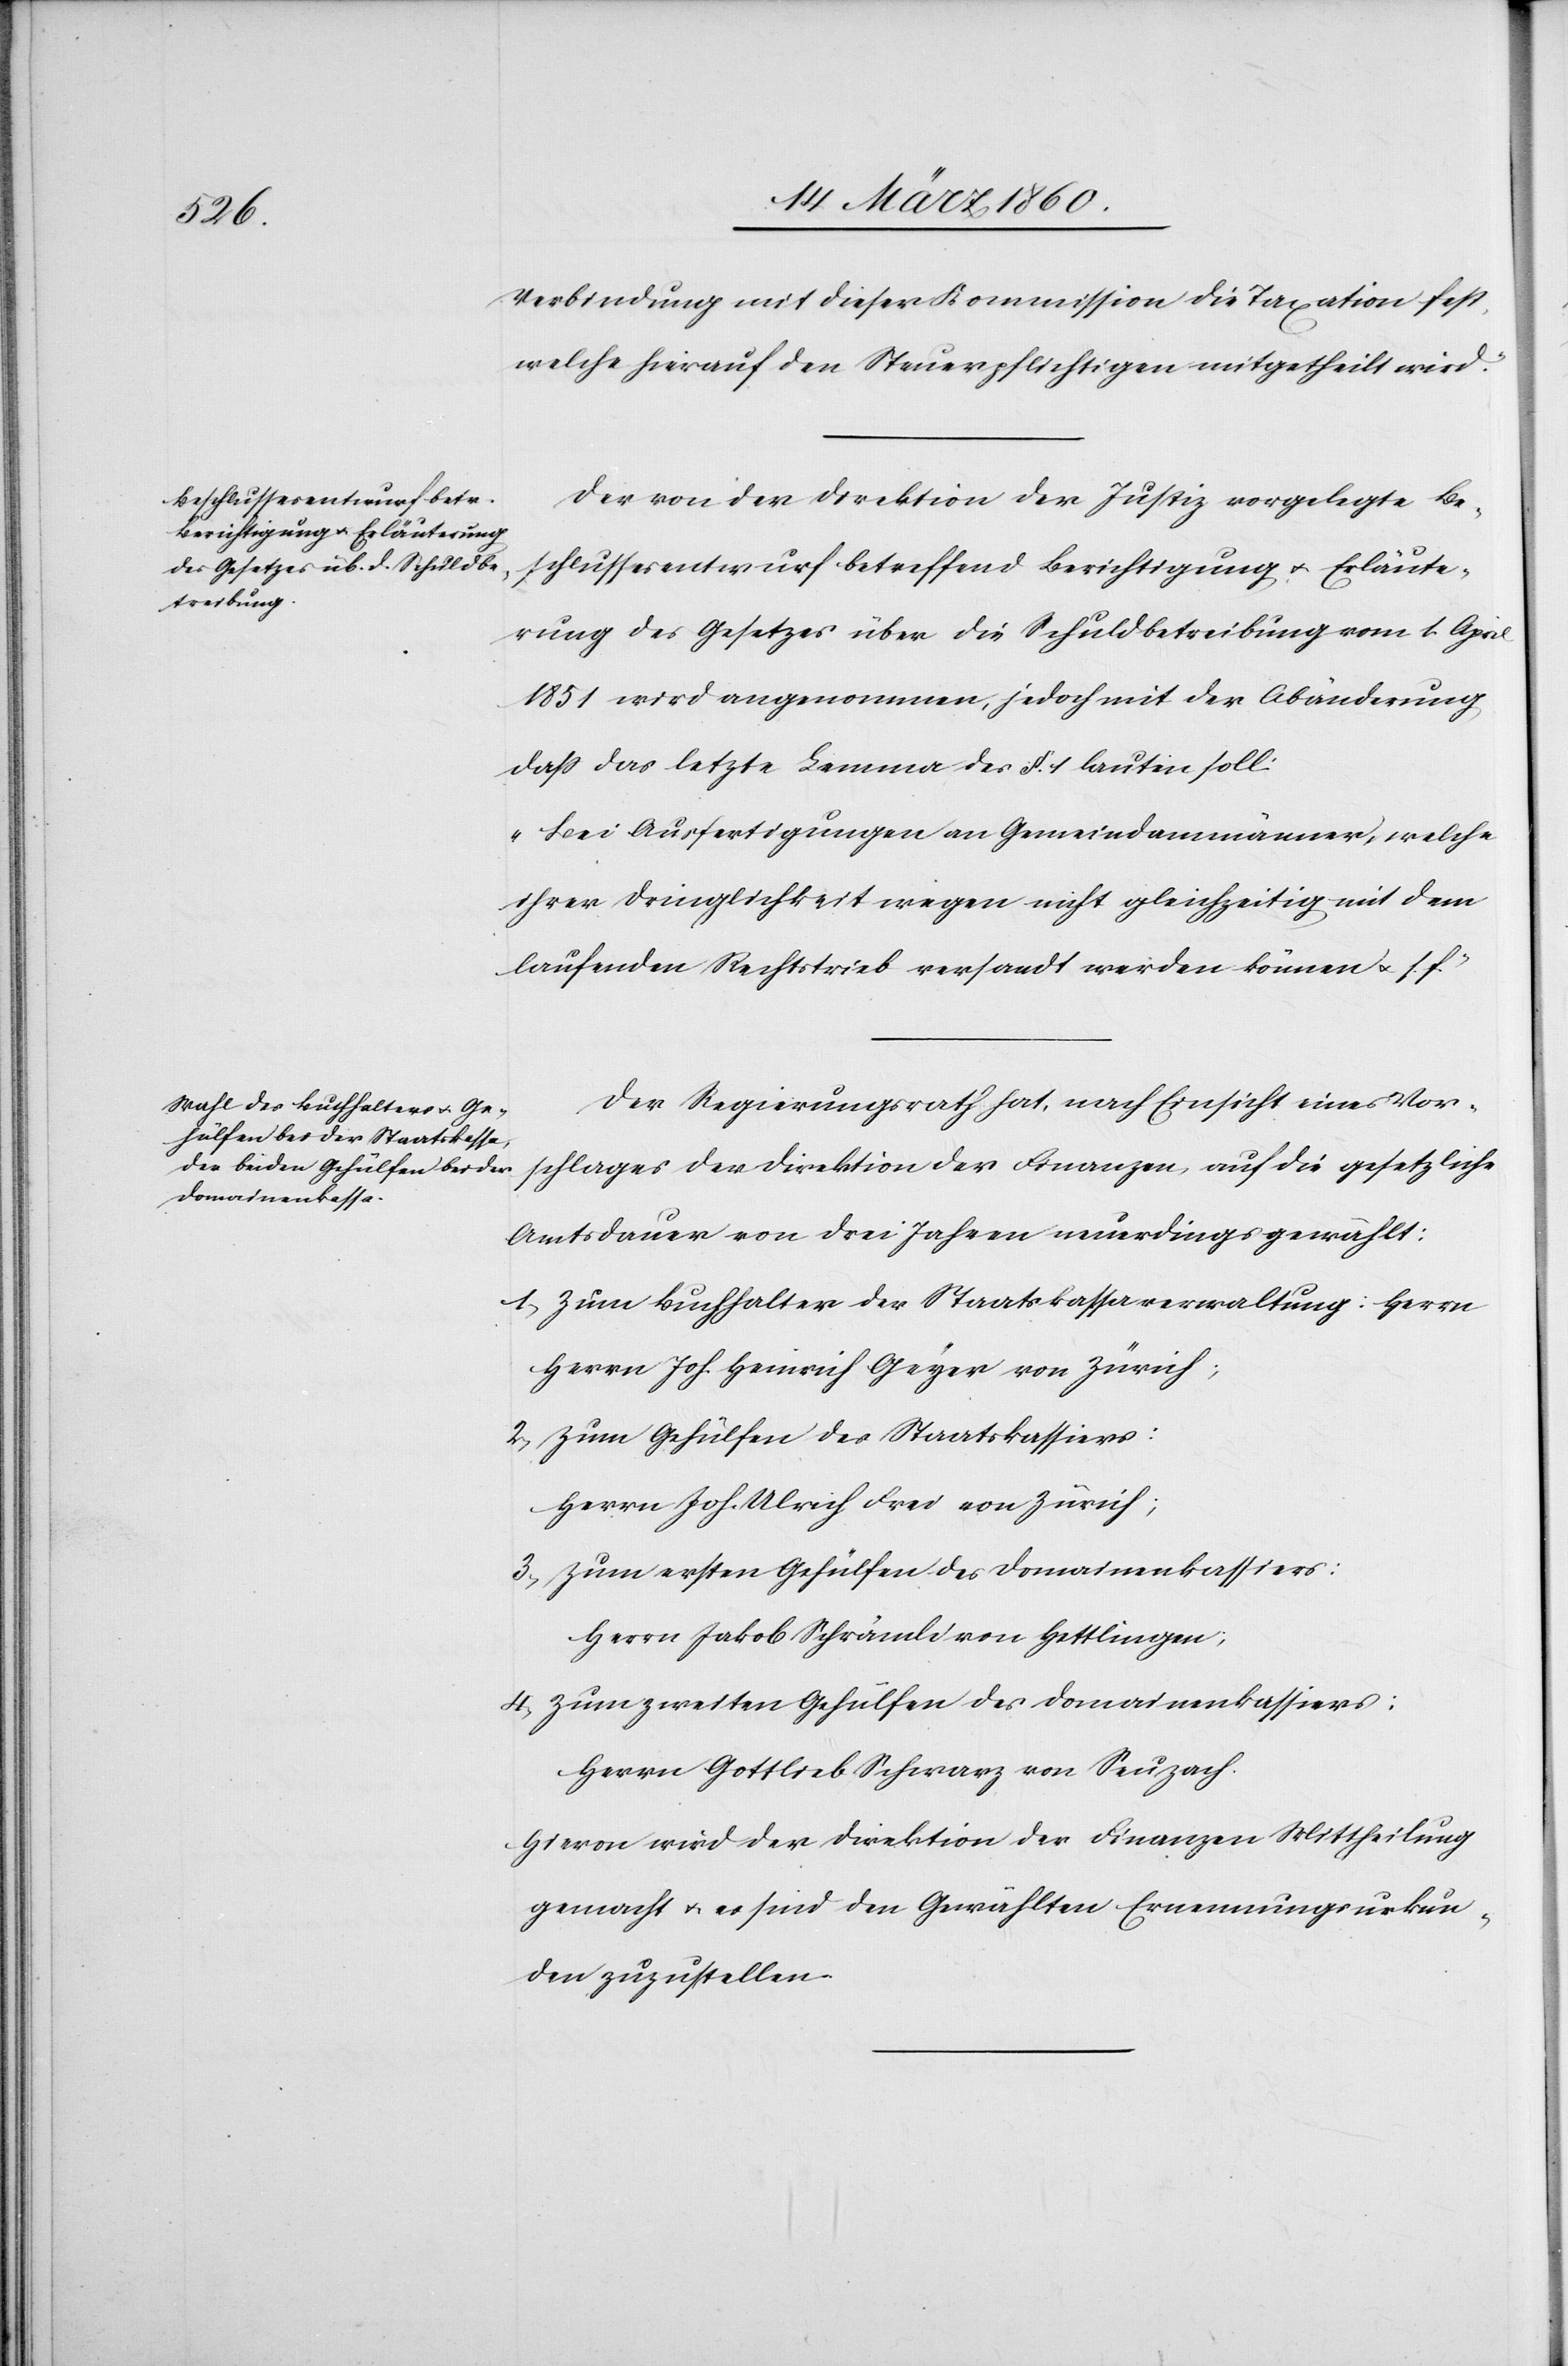
Verbindung [sic!] mit dieser Kommission die Taxation fest,
welche hierauf den Steuerpflichtigen mitgetheilt wird.“
Der von der Direktion der Justiz vorgelegte Be¬
schlussesentwurf betreffend Berichtigung u. Erläute¬
rung des Gesetzes über die Schuldbetreibung vom 1. April
1851 wird angenommen, jedoch mit der Abänderung,
dass das letzte Lemma des §. 1. lauten soll.
„Bei Ausfertigungen an Gemeindammänner, welche
ihrer Dringlichkeit wegen nicht gleichzeitig mit dem
laufenden Rechtstrieb versandt werden können u. s. f.“
Der Regierungsrath hat, nach Einsicht eines Vor¬
schlages der Direktion der Finanzen, auf die gesetzliche
Amtsdauer von drei Jahren neuerdings gewählt:
1. zum Buchhalter der Staatskassaverwaltung: Herrn
2. zum Gehülfen des Staatskassiers:
Herrn Joh. Ulrich Frei von Zürich;
3. zum ersten Gehülfen des Domainenkassiers:
Herrn Jakob Schrändli von Hettlingen.
4. zum zweiten Gehülfen des Domainenkassiers:
Herrn Gottlieb Schwarz von Seuzach.
Hievon wird der Direktion der Finanzen Mittheilung
gemacht u. es sind den Gewählten Ernennungsurkun¬
den zuzustellen.